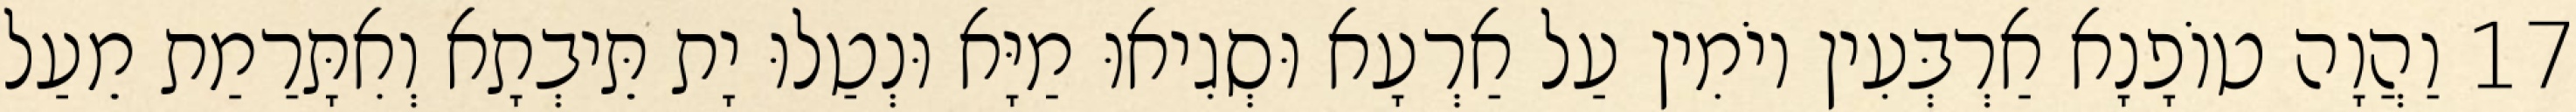
17 וַהֲוָה טוֹפָנָא אַרְבְּעִין יוֹמִין עַל אַרְעָא וּסְגִיאוּ מַיָּא וּנְטַלוּ יָת תֵּיבְתָא וְאִתָּרַמַת מֵעַל